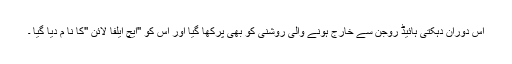
اس دوران دہکتی ہائیڈ روجن سے خارج ہونے والی روشنی کو بھی پرکھا گیا اور اس کو ''ایچ ایلفا لائن ''کا نا م دیا گیا ۔